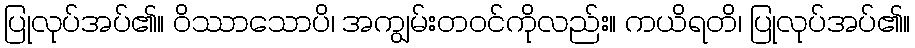
ပြုလုပ်အပ်၏။ ဝိဿာသောပိ၊ အကျွမ်းတဝင်ကိုလည်း။ ကယိရတိ၊ ပြုလုပ်အပ်၏။